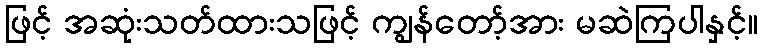
ဖြင့် အဆုံးသတ်ထားသဖြင့် ကျွန်တော့်အား မဆဲကြပါနှင့်။